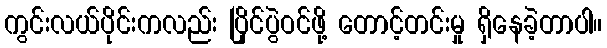
ကွင်းလယ်ပိုင်းကလည်း ပြိုင်ပွဲဝင်ဖို့ တောင့်တင်းမှု ရှိနေခဲ့တာပါ။